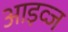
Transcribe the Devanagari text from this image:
आइव्ज